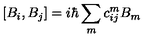
\left[ B _ { i } , B _ { j } \right] = i \hbar \sum _ { m } c _ { i j } ^ { m } B _ { m }